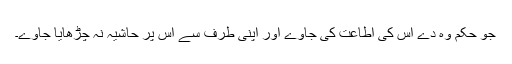
جو حکم وہ دے اُس کی اطاعت کی جاوے اور اپنی طرف سے اس پر حاشیہ نہ چڑھایا جاوے۔